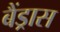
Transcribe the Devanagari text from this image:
बैंड्रास